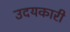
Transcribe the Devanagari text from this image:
उदयकारी